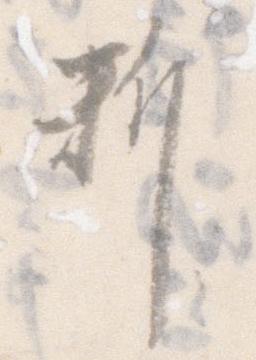
料